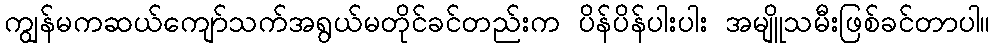
ကျွန်မကဆယ်ကျော်သက်အရွယ်မတိုင်ခင်တည်းက ပိန်ပိန်ပါးပါး အမျိူသမီးဖြစ်ခင်တာပါ။